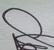
Signature authenticity: genuine